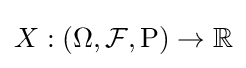
X:(\Omega ,{\mathcal {F}},\operatorname {P} )\to \mathbb {R}